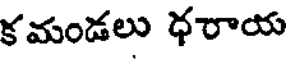
కమండలు ధరాయ